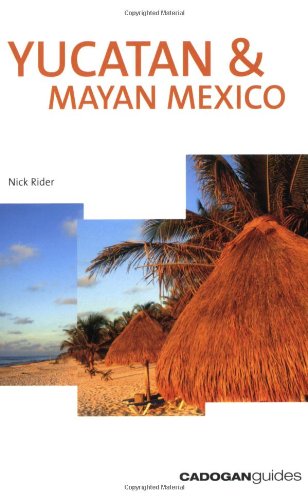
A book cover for Yucatan & Mayan Mexico, 3rd (Country & Regional Guides - Cadogan); Nick Rider; Travel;